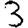
Digit: 3